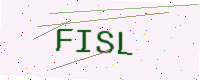
Text: FISL